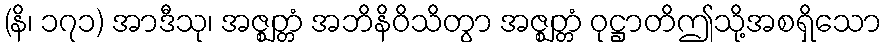
(နိ၊ ၁၇၁) အာဒီသု၊ အဇ္ဈတ္တံ အဘိနိဝိသိတွာ အဇ္ဈတ္တံ ဝုဋ္ဌာတိဤသို့အစရှိသော